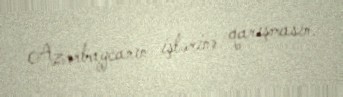
Azərbaycanın işlərinə qarışmasın.